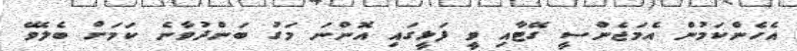
އެހެންކަމުން އެމަޖެންސީ ގޭޓާއި ވީ ފަޅީގައި އޮންނަ މަގު ބަންދުވާނެ ކަމަށް ބެލެވޭ